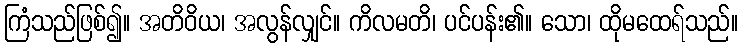
ကြံသည်ဖြစ်၍။ အတိဝိယ၊ အလွန်လျှင်။ ကိလမတိ၊ ပင်ပန်း၏။ သော၊ ထိုမထေရ်သည်။